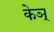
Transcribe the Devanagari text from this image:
केञ्